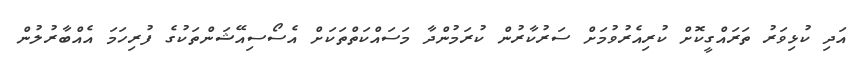
އަދި ކުޅިވަރު ތަރައްގީކޮށް ކުރިއެރުވުމަށް ސަރުކާރުން ކުރަމުންދާ މަސައްކަތްތަކަށް އެސޯސިއޭޝަންތަކުގެ ފުރިހަމަ އެއްބާރުލުން